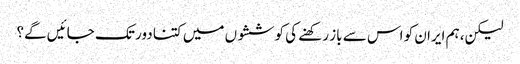
لیکن، ہم ایران کو اس سے باز رکھنے کی کوششوں میں کتنا دور تک جائیں گے؟